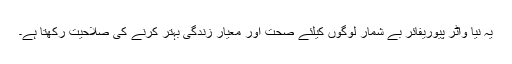
یہ نیا واٹر پیوریفائر بے شمار لوگوں کیلئے صحت اور معیار زندگی بہتر کرنے کی صلاحیت رکھتا ہے۔